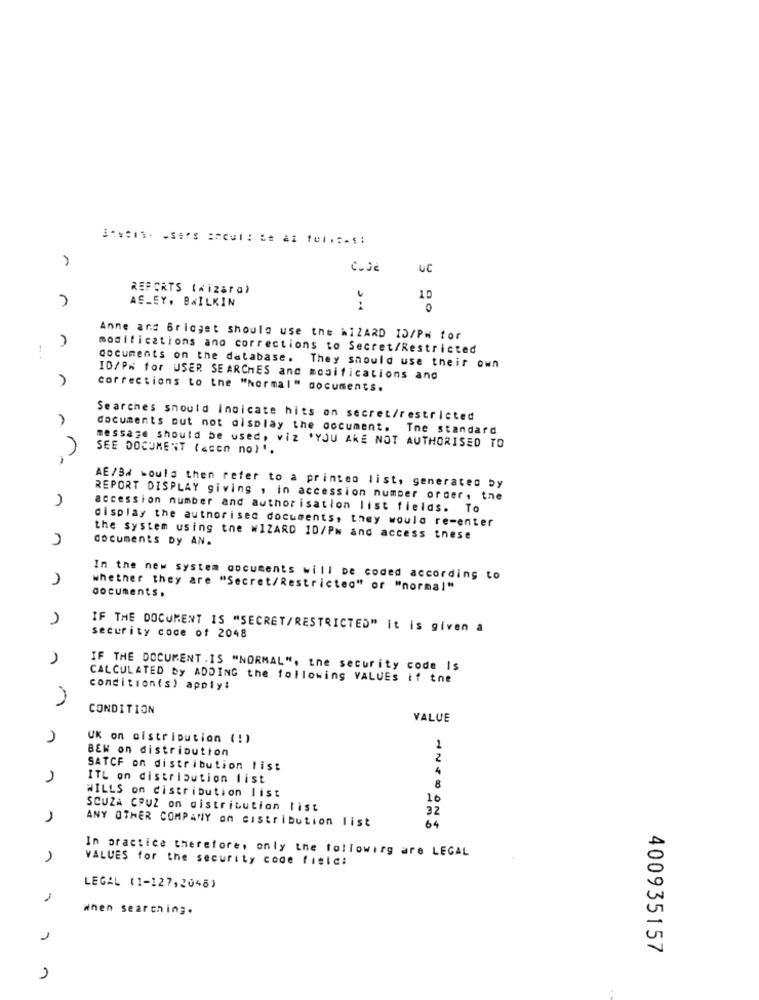
UC
REPORTS (wizara)
A
AS_EY. BWILKIN
10
Anne and Bridget should use the hiZARD ID/PH tor
modifications and corrections to Secret/Restricted
documents on the database. They should use their own
ID/PM for USER SEARCHES and modifications and
corrections to the "Normal" documents.
A
Searches should Indicate hits on secret/restricted
documents out not display the document. The standard
message should be used, viz 'YOU ARE NOT AUTHORISED TO
SEE DOCUMENT (&con no}'.
AE/94 would then refer to a printed list, generated by
REPORT DISPLAY giving , in accession numper order, the
accession number and author isation list fields. To
display the authorised documents, they would re-enter
n
the system using the WIZARD 10/Pm and access tnese
documents Dy AN.
)
In the new system documents will be coded according to
whether they are "Secret/Restricted" or "normal"
documents.
IF THE DOCUMENT IS "SECRET/RESTRICTED" it is given a
security code of 2048
IF THE DOCUMENT .IS "NORMAL", the security code Is
CALCULATED by ADDING the following VALUES if tne
condition(s) apply:
CONDITION
VALUE
UK on distribution (!)
BEN on distribution
1
2
SATCF on distribution list
4
ITL on distribution list
WILLS on distribution list
8
16
SCUZA CRUZ on distribution list
32
ANY OTHER COMPANY on cistribution list
64
In practice therefore, only the following are LEGAL
VALUES for the security code fisic:
LEGAL (1-127,2046)
when searching.
1
400935157